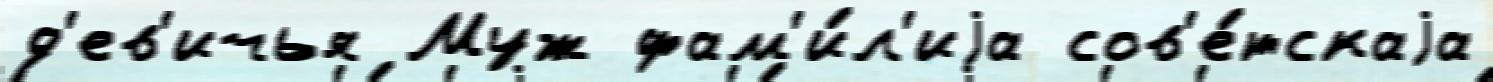
д'ев'ичья Муж фам'и́л'иjа сов'е́тскаjа